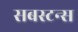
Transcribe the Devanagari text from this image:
सबस्टन्स